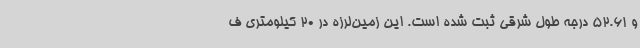
و 52.61 درجه طول شرقی ثبت شده است. این زمین‌لرزه در 20 کیلومتری ف